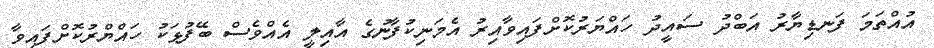
އުއްތަމަ ފަނޑިޔާރު އަބްދު ސައީދު ހައްޔަރުކޮށްފައިވާއިރު އެމަނިކުފާނުގެ އާއިލީ އެއްވެސް ބޭފުޅަކު ހައްޔްރުކޮށްފައިވާ